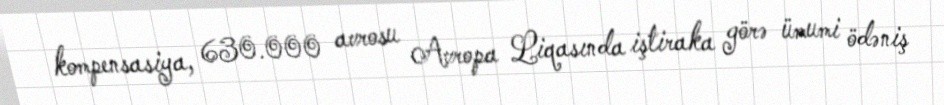
kompensasiya, 630.000 avrosu Avropa Liqasında iştiraka görə ümumi ödəniş